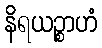
နိရယဉ္စာဟံ